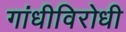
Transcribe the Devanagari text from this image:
गांधीविरोधी